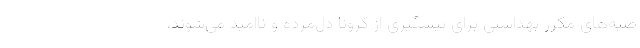
صیه‌های مکرر بهداشتی برای پیشگیری از کرونا دل‌مرده و ناامید می‌شوند،